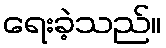
ရေးခဲ့သည်။